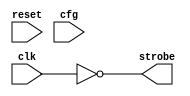
module  ra_lcb #(

    parameter GENMODE = 0

) (
    input         clk,
    input         reset,
    input [0:31]  cfg,
    output        strobe

);

reg               no_delay_q;
reg               no_delay_b_q;
reg               ddr_q;
reg    [0:3]      tap1_sel_q;
reg    [0:2]      tap2_sel_q;
reg    [0:3]      tap3_sel_q;

wire   [0:3]      delay1;
wire   [0:3]      tap1;
wire              tap1_b;
wire              pulse1_b;
wire              delay2_b;
wire   [0:15]     delay2;
wire   [0:2]      tap2;
wire              tap2_b;
wire   [0:3]      delay3;
wire   [0:3]      tap3;
wire              pulse2_b;
wire              pulse;

// predecode and keep locally
//wtf  make these dff cells?
always @(posedge clk) begin

   no_delay_q      <= ~cfg[31];
   no_delay_b_q    <= cfg[31];
   ddr_q           <= cfg[30];
   tap1_sel_q[0]   <= cfg[28:29] == 2'b00;
   tap1_sel_q[1]   <= cfg[28:29] == 2'b01;
   tap1_sel_q[2]   <= cfg[28:29] == 2'b10;
   tap1_sel_q[3]   <= cfg[28:29] == 2'b11;
   tap2_sel_q[0]   <= cfg[26:27] == 2'b00;
   tap2_sel_q[1]   <= cfg[26:27] == 2'b01;
   tap2_sel_q[2]   <= cfg[26:27] == 2'b10;
   //tap2_sel_q[3]   <= cfg[26:27] == 2'b11;
   tap3_sel_q[0]   <= cfg[24:25] == 2'b00;
   tap3_sel_q[1]   <= cfg[24:25] == 2'b01;
   tap3_sel_q[2]   <= cfg[24:25] == 2'b10;
   tap3_sel_q[3]   <= cfg[24:25] == 2'b11;

end

// generate strobe
// array needs strobe to precharge the bitlines before evaluate phase
// strobe is AND'd with enable/addr to create precharge signal -> strobe=0 == precharge
// sdr: one strobe per clk
// ddr: two strobes per clk; early/late select for addr sel/data out latch

generate

if (GENMODE == 0)

   assign strobe = ~clk;

else begin

   genvar i;

   // dly1 - create pulse 1 (and 2 if ddr) width
   sky130_fd_sc_hd__buf_1 dly1_0(.A(clk), .X(delay1[0]));

   //wtf need to size properly; could spread into 1/2/4/7 etc.
   // there are buf_[1,2,4,6,8,12,16]
   //           bufbuf_[8,16]
   //           clkbuf_[1,2,4,8,16]
   //           clkdlybufs15_[1,2]
   //           clkdlybufs18_[1,2]
   //           clkdlybufs25_[1,2]
   //           blkdlybufs50_[1,2]
   for (i = 1; i < 4; i = i + 1) begin
      sky130_fd_sc_hd__buf_1 dly1_n(.A(delay1[i-1]), .X(delay1[i]));
   end

   for (i = 0; i < 4; i = i + 1) begin
      sky130_fd_sc_hd__and2_1 dly1_sel(.A(tap1_sel_q[i]), .B(delay1[i]), .X(tap1[i]));
   end

   sky130_fd_sc_hd__nor4_1 dly1_or(.A(tap1[0]), .B(tap1[1]), .C(tap1[2]), .D(tap1[3]), .X(tap1_b));

   sky130_fd_sc_hd__nand2_1 dly1_out(.A(clk), .B(tap1_b), .Y(pulse1_b));

   // dly2 - create pulse 2 separation (disable for sdr)
   sky130_fd_sc_hd__and2_1 dly2_in(.A(ddr_q), .B(pulse1_b), .X(delay2_b));
   sky130_fd_sc_hd__inv_1 dly2_0(.A(delay2_b), .Y(delay2[0]));

   // 2-stage
   // +8/12/16
   // +0/1/2/3
   for (i = 1; i < 16; i = i + 1) begin
      sky130_fd_sc_hd__inv_1 dly2_n(.A(delay2[i-1]), .Y(delay2[i]));
   end

   sky130_fd_sc_hd__and2_1 dly2_sel0(.A(tap2_sel_q[0]), .B(delay2[7]),  .X(tap2[0]));
   sky130_fd_sc_hd__and2_1 dly2_sel1(.A(tap2_sel_q[1]), .B(delay2[11]), .X(tap2[1]));
   sky130_fd_sc_hd__and2_1 dly2_sel2(.A(tap2_sel_q[2]), .B(delay2[15]), .X(tap2[2]));

   sky130_fd_sc_hd__or3_1 dly3_0(.A(tap2[0]), .B(tap2[1]), .C(tap2[2]), .X(delay3[0]));
   for (i = 1; i < 4; i = i + 1) begin
      sky130_fd_sc_hd__buf_1 dly3_n (.A(delay3[i-1]), .X(delay3[i]));
   end

   for (i = 0; i < 4; i = i + 1) begin
      sky130_fd_sc_hd__and2_1 dly3_sel(.A(tap3_sel_q[i]), .B(delay3[i]), .X(tap3[i]));
   end

   sky130_fd_sc_hd__nor4_1 dly3_out(.A(tap3[0]), .B(tap3[1]), .C(tap3[2]), .D(tap3[3]), .X(pulse2_b));

   // combine
   sky130_fd_sc_hd__nand2_1 pulse12(.A(pulse1_b), .B(pulse2_b), .Y(pulse));

   // select and invert (neg-active precharge)
   sky130_fd_sc_hd__a22oi_1 strobe_out(.A1(no_delay_q), .A2(clk), .B1(no_delay_b_q), .B2(pulse), .X(strobe));

end

endgenerate

endmodule